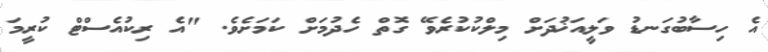
އެ ހިސާބުގަނޑު ވަލީއަޚުދަށް މިލްކުކުރެވޭ ގޮތް ހެދުމަށް ކަމަށެވެ. "އެ ރިކުއެސްޓް ކުރީމަ